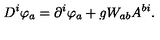
D ^ { i } \varphi _ { a } = \partial ^ { i } \varphi _ { a } + g W _ { a b } A ^ { b i } .